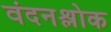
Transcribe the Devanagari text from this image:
वंदनश्लोक